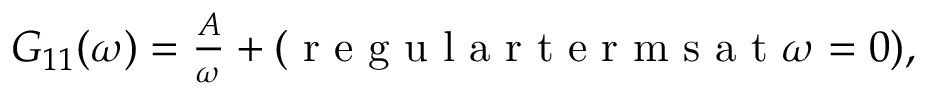
\begin{array} { r } { G _ { 1 1 } ( \omega ) = \frac { A } { \omega } + ( \mathrm { ~ r ~ e ~ g ~ u ~ l ~ a ~ r ~ t ~ e ~ r ~ m ~ s ~ a ~ t ~ } \omega = 0 ) , } \end{array}